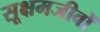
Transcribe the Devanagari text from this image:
सूक्षमजीवों